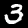
Label: 3